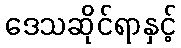
ဒေသဆိုင်ရာနှင့်